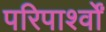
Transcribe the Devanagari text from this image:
परिपार्श्वों